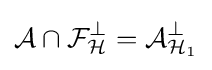
{\mathcal {A}}\cap {\mathcal {F}}_{\mathcal {H}}^{\perp }={\mathcal {A}}_{{\mathcal {H}}_{1}}^{\perp }